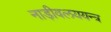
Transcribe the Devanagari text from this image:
नाड़ीवलययन्त्र